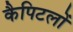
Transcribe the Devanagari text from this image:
कैपिटलों